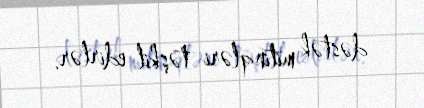
dəstək mitinqləri təşkil edirlər.